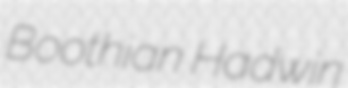
Boothian Hadwin